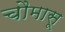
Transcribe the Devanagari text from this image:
चौमासू